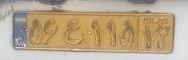
۵۶ع۱۱۵۱۲